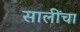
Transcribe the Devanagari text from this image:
सालींचा